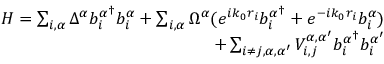
\begin{array} { r } { H = \sum _ { i , \alpha } \Delta ^ { \alpha } b _ { i } ^ { \alpha ^ { \dagger } } b _ { i } ^ { \alpha } + \sum _ { i , \alpha } \Omega ^ { \alpha } ( e ^ { i k _ { 0 } r _ { i } } b _ { i } ^ { \alpha ^ { \dagger } } + e ^ { - i k _ { 0 } r _ { i } } b _ { i } ^ { \alpha } ) } \\ { + \sum _ { i \neq j , \alpha , \alpha ^ { \prime } } V _ { i , j } ^ { \alpha , \alpha ^ { \prime } } b _ { i } ^ { \alpha ^ { \dagger } } b _ { i } ^ { \alpha ^ { \prime } } } \end{array}